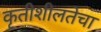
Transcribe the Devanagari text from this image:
कृतीशीलतेचा